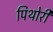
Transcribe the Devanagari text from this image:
पिथोरी